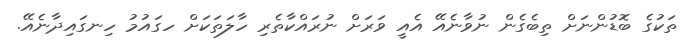
ތަކުގެ ބޮޑުންނަށް ތިބެގެން ނުވާނެއޭ އެއީ ވަރަށް ނުރައްކާތެރި ހާލަތަކަށް ހގައުމު ހިނގައިދާނެއޭ.